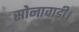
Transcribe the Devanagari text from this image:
सोनावाड़ी।